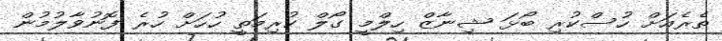
ތެރެއަށް ހުސްކުރި ބޯޅަ ޝިނާޒް ހިލްމީ ގޯލް ކުރިމަތީ ހުހަށް ހުރެ ފޮނުވާލުމުން